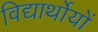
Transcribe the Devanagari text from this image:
विद्यार्थोयों